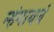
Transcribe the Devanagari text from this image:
म्हंगायचं